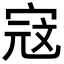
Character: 𭓾